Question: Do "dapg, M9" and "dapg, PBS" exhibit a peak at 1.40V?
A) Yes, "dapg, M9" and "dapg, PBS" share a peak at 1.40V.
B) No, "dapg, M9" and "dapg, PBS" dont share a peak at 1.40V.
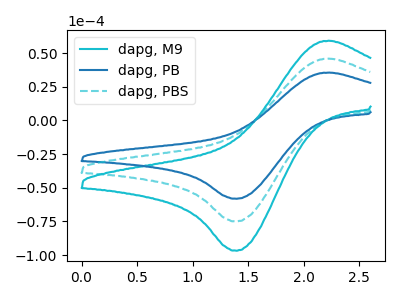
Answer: <think>The cyan curve "dapg, M9" has an anodic peak at (2.25V, 91.80uA) and a cathodic peak at (1.40V, -149.90uA). The blue curve "dapg, PB" has an anodic peak at (2.25V, 35.55uA) and a cathodic peak at (1.40V, -58.10uA). The cyan dashed curve "dapg, PBS" has an anodic peak at (2.25V, 45.90uA) and a cathodic peak at (1.40V, -74.95uA).</think>
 <answer>A) Yes, "dapg, M9" and "dapg, PBS" share a peak at 1.40V.</answer>
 <eval>A</eval>